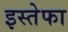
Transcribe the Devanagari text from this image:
इस्तेफा